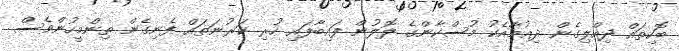
ބޮކިތައް ދިއްލިގެން ދިއުމާއެކު މުސްކާންގެ ލޮލުން ފައިބާފައި ހުރި ކަރުނަތައް ފެނިގެން ތިންމީހުންވެސް